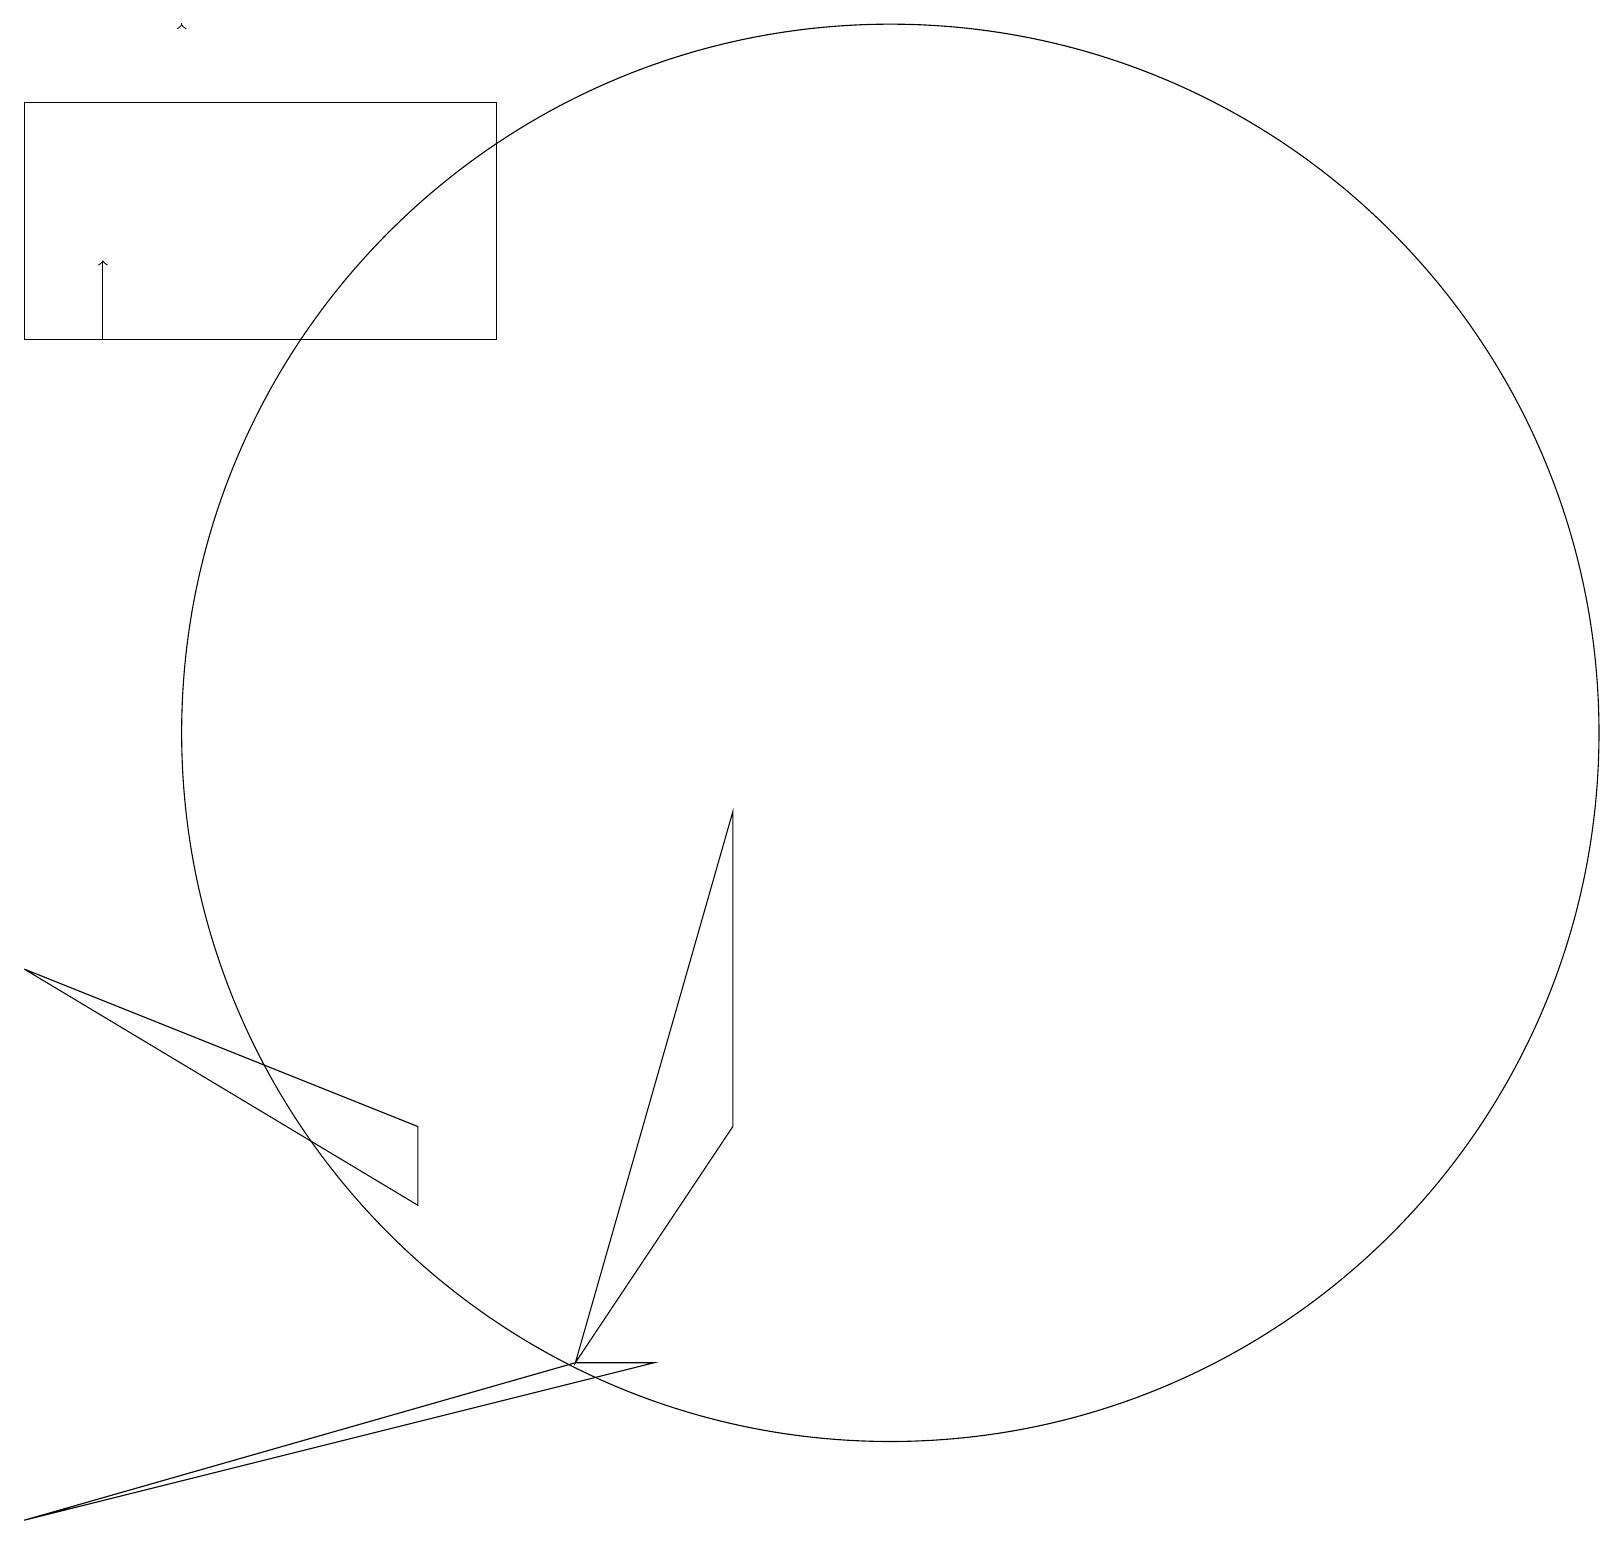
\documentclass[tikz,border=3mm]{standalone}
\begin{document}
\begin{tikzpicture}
\draw (7,2) -- (9,9) -- (9,5) -- cycle;
\draw (0,7) -- (5,5) -- (5,4) -- cycle;
\draw (11,10) circle (9);
\draw (0,18) rectangle (6,15);
\draw (8,2) -- (7,2) -- (0,0) -- cycle;
\draw[->] (1,15) -- (1,16);
\draw[->] (2,19) -- (2,19);
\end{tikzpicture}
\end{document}